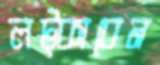
লট্‌কাবেন